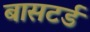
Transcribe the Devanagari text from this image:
बासटर्ड